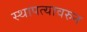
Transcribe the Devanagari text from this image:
स्थापत्यावरुन